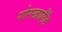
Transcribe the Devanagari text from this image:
गोरखालैँड